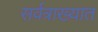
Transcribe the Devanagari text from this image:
सर्वत्राख्यात